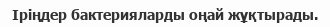
Іріңдер бактерияларды оңай жұқтырады.